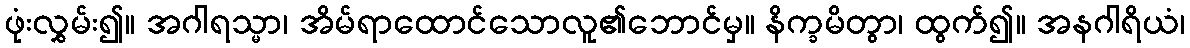
ဖုံးလွှမ်း၍။ အဂါရသ္မာ၊ အိမ်ရာထောင်သောလူ၏ဘောင်မှ။ နိက္ခမိတွာ၊ ထွက်၍။ အနဂါရိယံ၊